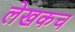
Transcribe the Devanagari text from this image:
लेखकच